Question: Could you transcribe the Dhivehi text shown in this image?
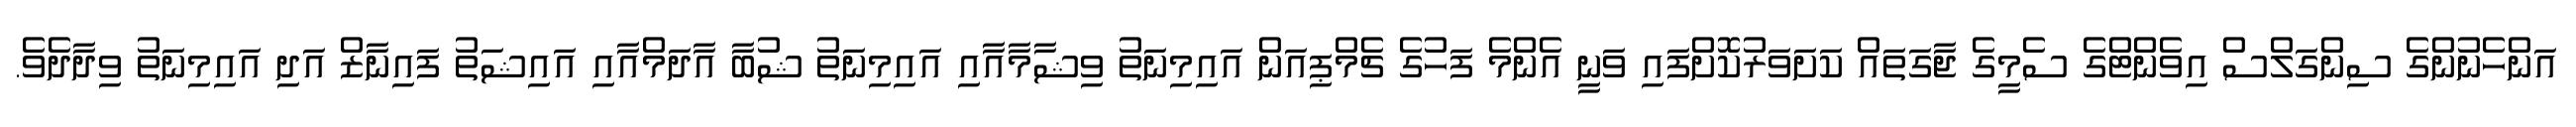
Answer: އަންހެނުންގެ ސިންގަލްސް އިވެންޓްގެ ސެމީގެ ޖާގަތައް ކަށަވަރުކޮށްފައި ވަނީ އެންމެ ފަހުގެ ޗެމްޕިއަން އައިމިނަތު ވިޝާމާއާއި އައިމިނަތު ޝުބާ އާދަމްއާއި އައިޝަތު ފައިނާޒް އަދި އައިމިނަތު ވިދާދެވެ.